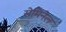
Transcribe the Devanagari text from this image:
सेमिनेल